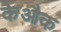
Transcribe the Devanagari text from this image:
केऔक